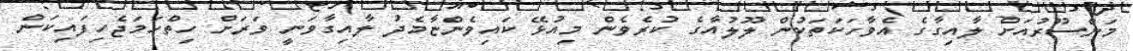
މަންސޫރުއަށް ލާއިގާގެ އެވާހަކަތަކުން ލޫލުއާގެ ކުރެވެން މިއުޅޭ ކައިވެންޏާމެދު ލާއިގާވަނީ ވަރަށް ހިތްހަމަޖެހިފައިކަން